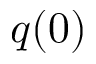
q ( 0 )